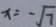
x = - \sqrt { 7 }